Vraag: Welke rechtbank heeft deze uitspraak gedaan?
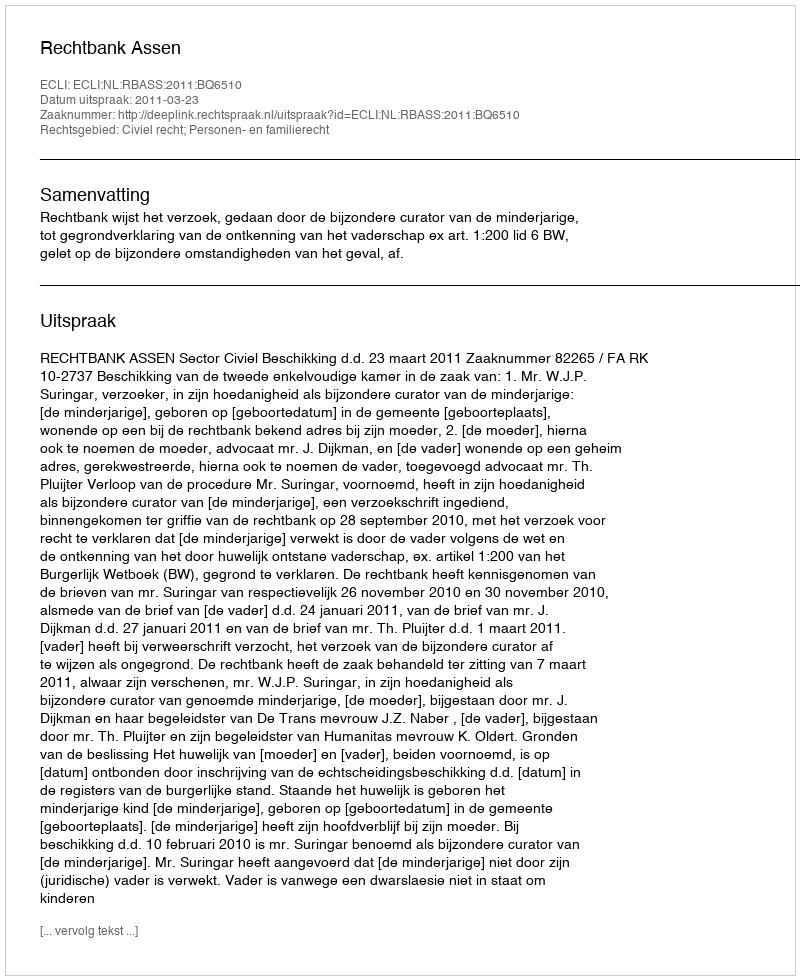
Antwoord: Rechtbank Assen